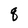
Character: q